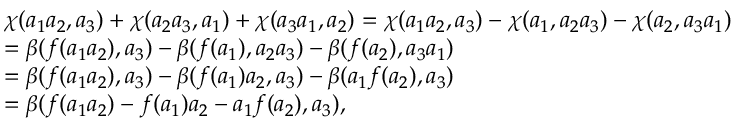
\begin{array} { r l } & { \chi ( a _ { 1 } a _ { 2 } , a _ { 3 } ) + \chi ( a _ { 2 } a _ { 3 } , a _ { 1 } ) + \chi ( a _ { 3 } a _ { 1 } , a _ { 2 } ) = \chi ( a _ { 1 } a _ { 2 } , a _ { 3 } ) - \chi ( a _ { 1 } , a _ { 2 } a _ { 3 } ) - \chi ( a _ { 2 } , a _ { 3 } a _ { 1 } ) } \\ & { = \beta ( f ( a _ { 1 } a _ { 2 } ) , a _ { 3 } ) - \beta ( f ( a _ { 1 } ) , a _ { 2 } a _ { 3 } ) - \beta ( f ( a _ { 2 } ) , a _ { 3 } a _ { 1 } ) } \\ & { = \beta ( f ( a _ { 1 } a _ { 2 } ) , a _ { 3 } ) - \beta ( f ( a _ { 1 } ) a _ { 2 } , a _ { 3 } ) - \beta ( a _ { 1 } f ( a _ { 2 } ) , a _ { 3 } ) } \\ & { = \beta ( f ( a _ { 1 } a _ { 2 } ) - f ( a _ { 1 } ) a _ { 2 } - a _ { 1 } f ( a _ { 2 } ) , a _ { 3 } ) , } \end{array}